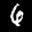
Label: 6